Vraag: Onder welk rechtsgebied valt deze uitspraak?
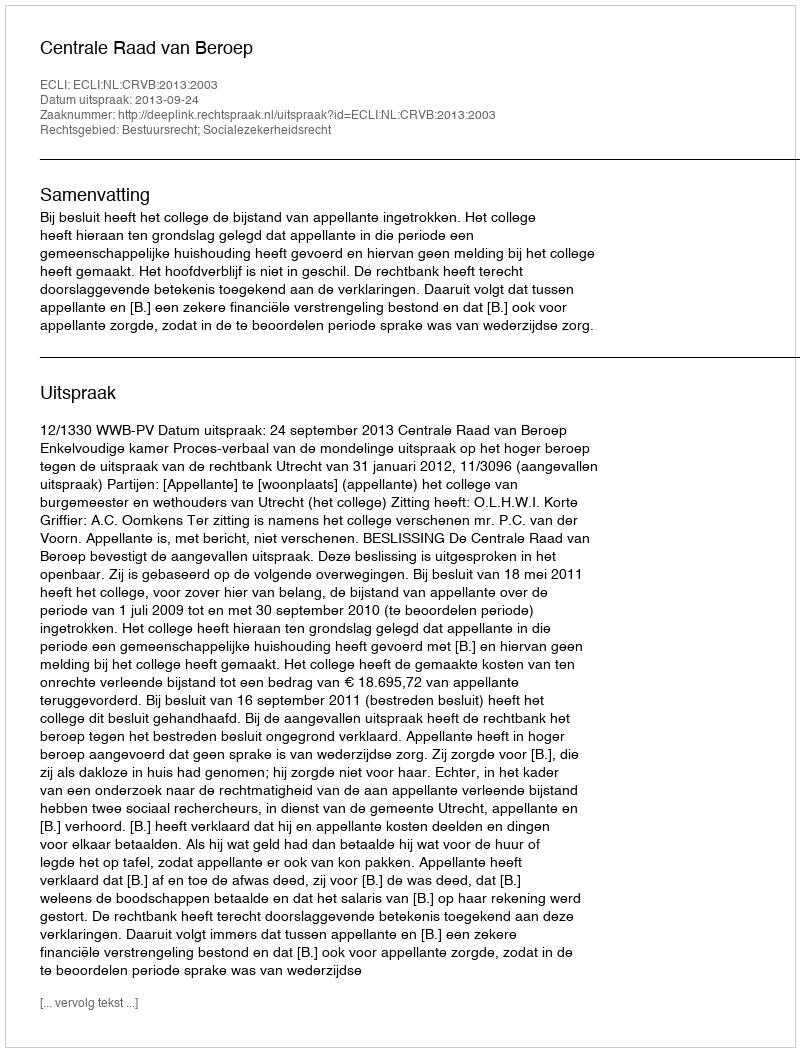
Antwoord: Bestuursrecht; Socialezekerheidsrecht